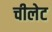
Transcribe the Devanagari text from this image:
चीलेट